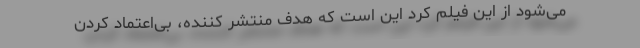
می‌شود از این فیلم کرد این است که هدف منتشر کننده، بی‌اعتماد کردن